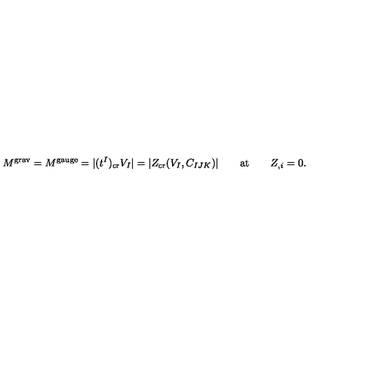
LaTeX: M ^ { \mathrm { g r a v } } = M ^ { \mathrm { g a u g e } } = | ( t ^ { I } ) _ { \mathrm { c r } } V _ { I } | = | Z _ { \mathrm { c r } } ( V _ { I } , C _ { I J K } ) | \qquad \mathrm { a t } \qquad Z _ { , i } = 0 .